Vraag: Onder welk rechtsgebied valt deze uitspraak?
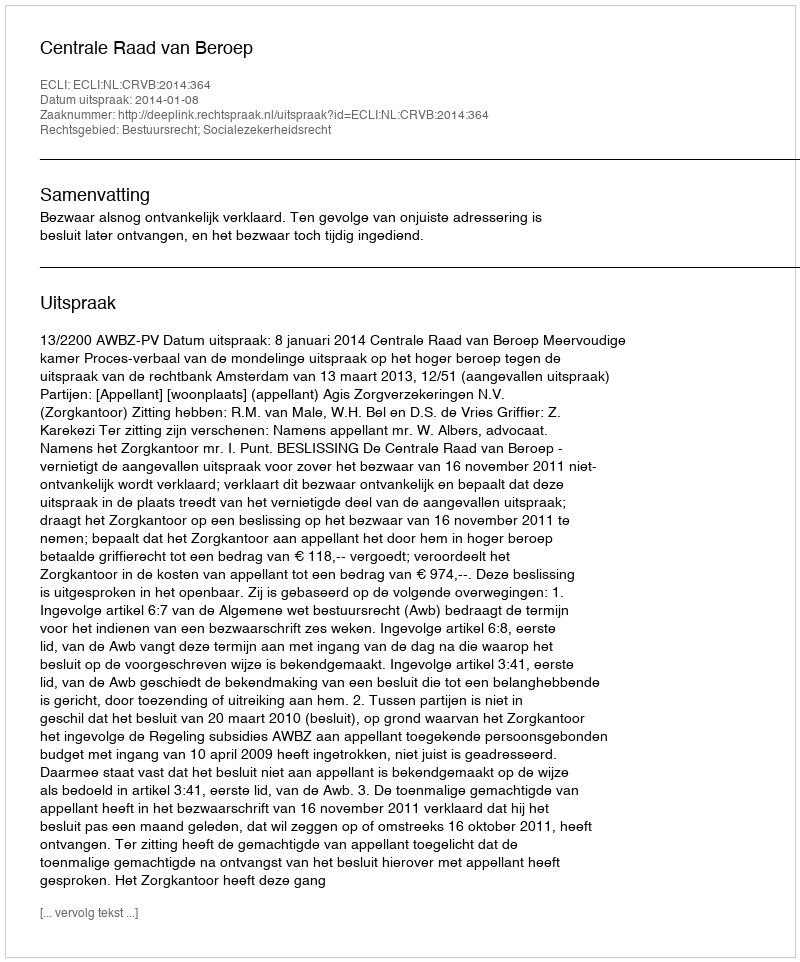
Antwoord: Bestuursrecht; Socialezekerheidsrecht